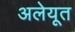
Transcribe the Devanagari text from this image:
अलेयूत